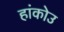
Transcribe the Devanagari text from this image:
हांकोउ